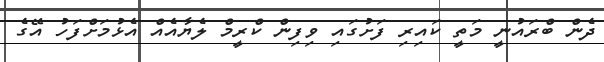
ދެން ބްރައުނީ މަތީ ކައިރި ފަށުގައި ވިފިން ކްރީމް ލެޔާއެއް އެޅުމަށްފަހު އޭގެ